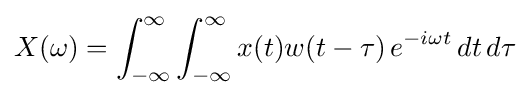
X(\omega )=\int _{-\infty }^{\infty }\int _{-\infty }^{\infty }x(t)w(t-\tau )\,e^{-i\omega t}\,dt\,d\tau